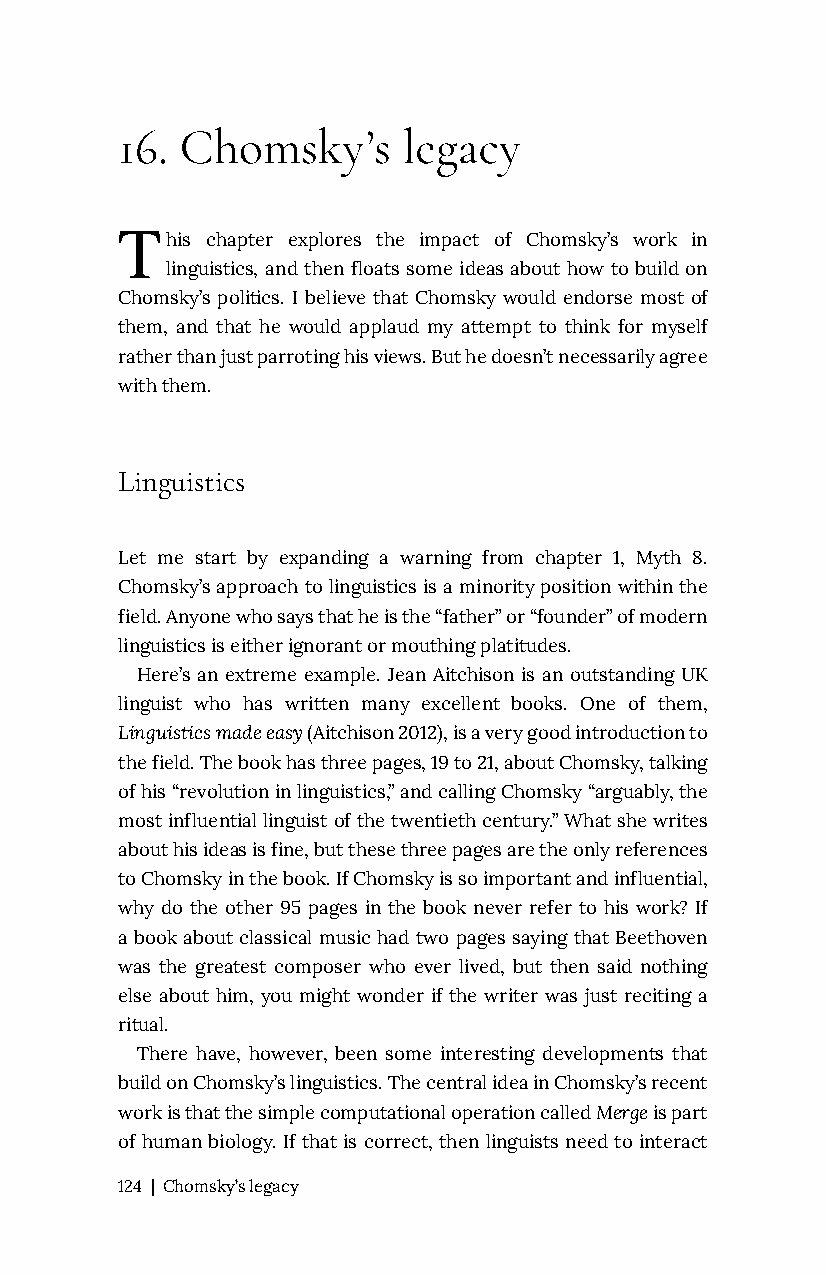
16. Chomsky’s      legacy
 T
 his chapter explores the impact of Chomsky’s work in
 linguistics, and then floats some ideas about how to build on
 Chomsky’s politics. I believe that Chomsky would endorse most of
 them, and that he would applaud my attempt to think for myself
 rather than just parroting his views. But he doesn’t necessarily agree
 with them.
 Linguistics
 Let me start by expanding a warning from chapter 1, Myth 8.
 Chomsky’s approach to linguistics is a minority position within the
 field. Anyone who says that he is the “father” or “founder” of modern
 linguistics is either ignorant or mouthing platitudes.
 Here’s an extreme example. Jean Aitchison is an outstanding UK
 linguist who has written many excellent books. One of them,
 Linguistics made easy (Aitchison 2012), is a very good introduction to
 the field. The book has three pages, 19 to 21, about Chomsky, talking
 of his “revolution in linguistics,” and calling Chomsky “arguably, the
 most influential linguist of the twentieth century.” What she writes
 about his ideas is fine, but these three pages are the only references
 to Chomsky in the book. If Chomsky is so important and influential,
 why do the other 95 pages in the book never refer to his work? If
 a book about classical music had two pages saying that Beethoven
 was the greatest composer who ever lived, but then said nothing
 else about him, you might wonder if the writer was just reciting a
 ritual.
 There have, however, been some interesting developments that
 build on Chomsky’s linguistics. The central idea in Chomsky’s recent
 work is that the simple computational operation called Merge is part
 of human biology. If that is correct, then linguists need to interact
 124 | Chomsky’s legacy